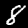
Label: 8